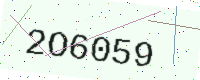
Text: 2O6059